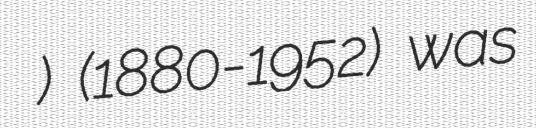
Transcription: Наум Торбов) (1880-1952) was